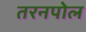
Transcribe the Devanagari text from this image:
तरनपोल